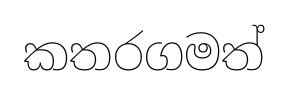
කතරගමත්